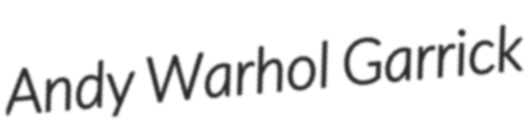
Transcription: Andy Warhol Garrick